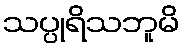
သပ္ပုရိသဘူမိ